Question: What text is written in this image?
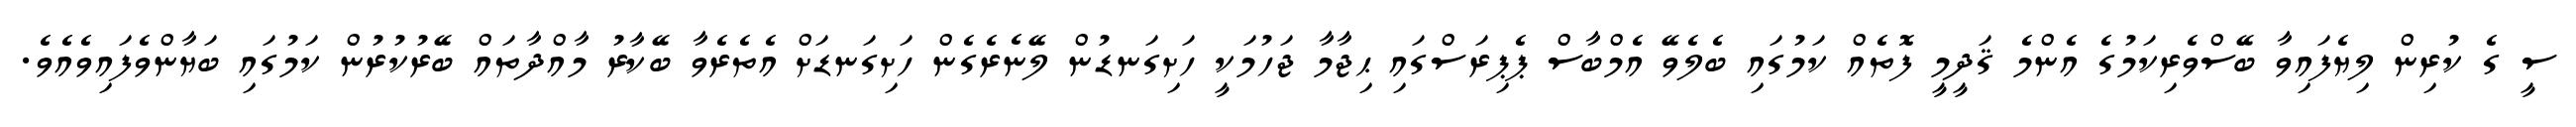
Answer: ސީ ގެ ކުރިން ލިޔެފައިވާ ބޭސްވެރިކަމުގެ އެންމެ ޤަދީމީ ފޮތެއް ކަމުގައި ބެލެވޭ އެމްބާސް ޕެޕިރަސްގައި ޙިޖާމާ ޖަހުމަކީ ހަށިގަނޑުން ލޭނެރެގެން ހަށިގަނޑަށް އެތެރެވާ ބޭކާރު މާއްދާތައް ބޭރުކުރުން ކަމުގައި ބަޔާންވެފައިވެއެވެ.